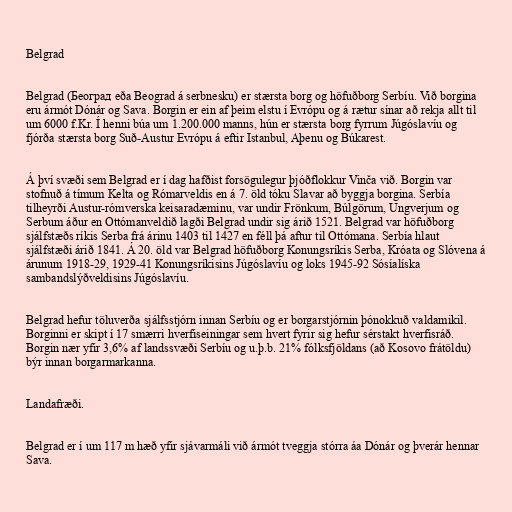
Belgrad

Belgrad (Београд eða Beograd á serbnesku) er stærsta borg og höfuðborg Serbíu. Við borgina
eru ármót Dónár og Sava. Borgin er ein af þeim elstu í Evrópu og á rætur sínar að rekja allt til
um 6000 f.Kr. Í henni búa um 1.200.000 manns, hún er stærsta borg fyrrum Júgóslavíu og
fjórða stærsta borg Suð-Austur Evrópu á eftir Istanbul, Aþenu og Búkarest.

Á því svæði sem Belgrad er í dag hafðist forsögulegur þjóðflokkur Vinča við. Borgin var
stofnuð á tímum Kelta og Rómarveldis en á 7. öld tóku Slavar að byggja borgina. Serbía
tilheyrði Austur-rómverska keisaradæminu, var undir Frönkum, Búlgörum, Ungverjum og
Serbum áður en Ottómanveldið lagði Belgrad undir sig árið 1521. Belgrad var höfuðborg
sjálfstæðs ríkis Serba frá árinu 1403 til 1427 en féll þá aftur til Ottómana. Serbía hlaut
sjálfstæði árið 1841. Á 20. öld var Belgrad höfuðborg Konungsríkis Serba, Króata og Slóvena á
árunum 1918-29, 1929-41 Konungsríkisins Júgóslavíu og loks 1945-92 Sósíalíska
sambandslýðveldisins Júgóslavíu.

Belgrad hefur töluverða sjálfsstjórn innan Serbíu og er borgarstjórnin þónokkuð valdamikil.
Borginni er skipt í 17 smærri hverfiseiningar sem hvert fyrir sig hefur sérstakt hverfisráð.
Borgin nær yfir 3,6% af landssvæði Serbíu og u.þ.b. 21% fólksfjöldans (að Kosovo frátöldu)
býr innan borgarmarkanna.

Landafræði.

Belgrad er í um 117 m hæð yfir sjávarmáli við ármót tveggja stórra áa Dónár og þverár hennar
Sava.